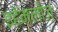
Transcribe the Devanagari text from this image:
इहेमलोज़